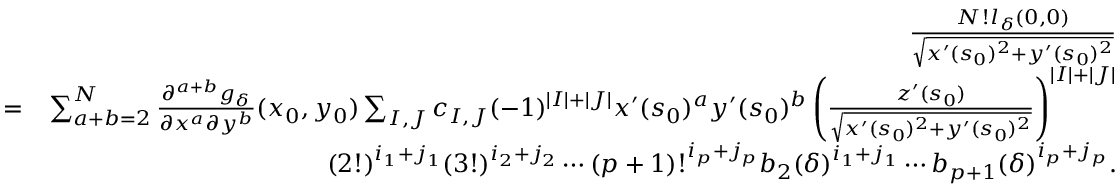
\begin{array} { r l r } & { } & { \frac { N ! l _ { \delta } ( 0 , 0 ) } { \sqrt { x ^ { \prime } ( s _ { 0 } ) ^ { 2 } + y ^ { \prime } ( s _ { 0 } ) ^ { 2 } } } } \\ & { = } & { \sum _ { a + b = 2 } ^ { N } \frac { \partial ^ { a + b } g _ { \delta } } { \partial x ^ { a } \partial y ^ { b } } ( x _ { 0 } , y _ { 0 } ) \sum _ { I , J } c _ { I , J } ( - 1 ) ^ { | I | + | J | } x ^ { \prime } ( s _ { 0 } ) ^ { a } y ^ { \prime } ( s _ { 0 } ) ^ { b } \left( \frac { z ^ { \prime } ( s _ { 0 } ) } { \sqrt { x ^ { \prime } ( s _ { 0 } ) ^ { 2 } + y ^ { \prime } ( s _ { 0 } ) ^ { 2 } } } \right) ^ { | I | + | J | } } \\ & { } & { ( 2 ! ) ^ { i _ { 1 } + j _ { 1 } } ( 3 ! ) ^ { i _ { 2 } + j _ { 2 } } \cdots ( p + 1 ) ! ^ { i _ { p } + j _ { p } } b _ { 2 } ( \delta ) ^ { i _ { 1 } + j _ { 1 } } \cdots b _ { p + 1 } ( \delta ) ^ { i _ { p } + j _ { p } } . } \end{array}